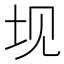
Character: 𰉚